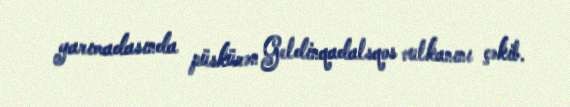
yarımadasında püskürən Geldinqadalsqos vulkanını çəkib.